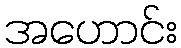
အဟောင်း